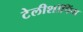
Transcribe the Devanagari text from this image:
टेलीशॉपिंग